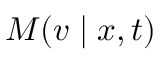
M ( v \mid x , t )